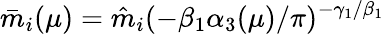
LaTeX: \bar{m}_{i}(\mu)=\hat{m}_{i}(-\beta_{1}\alpha_{3}(\mu)/\pi)^{-\gamma_{1}/\beta_{1}}